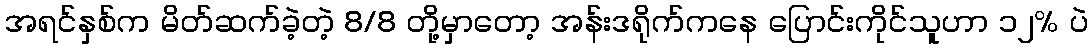
အရင်နှစ်က မိတ်ဆက်ခဲ့တဲ့ 8/8 တို့မှာတော့ အန်းဒရိုက်ကနေ ပြောင်းကိုင်သူဟာ ၁၂% ပဲ